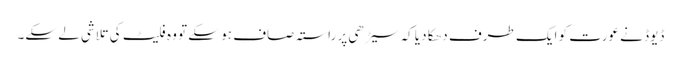
ڈیوڈ نے عورت کو ایک طرف دھکا دیا کہ سیڑھی پر راستہ صاف ہو سکے تو وہ فلیٹ کی تلاشی لے سکے۔